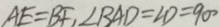
A E = B F , \angle B A D = \angle D = 9 0 ^ { \circ }